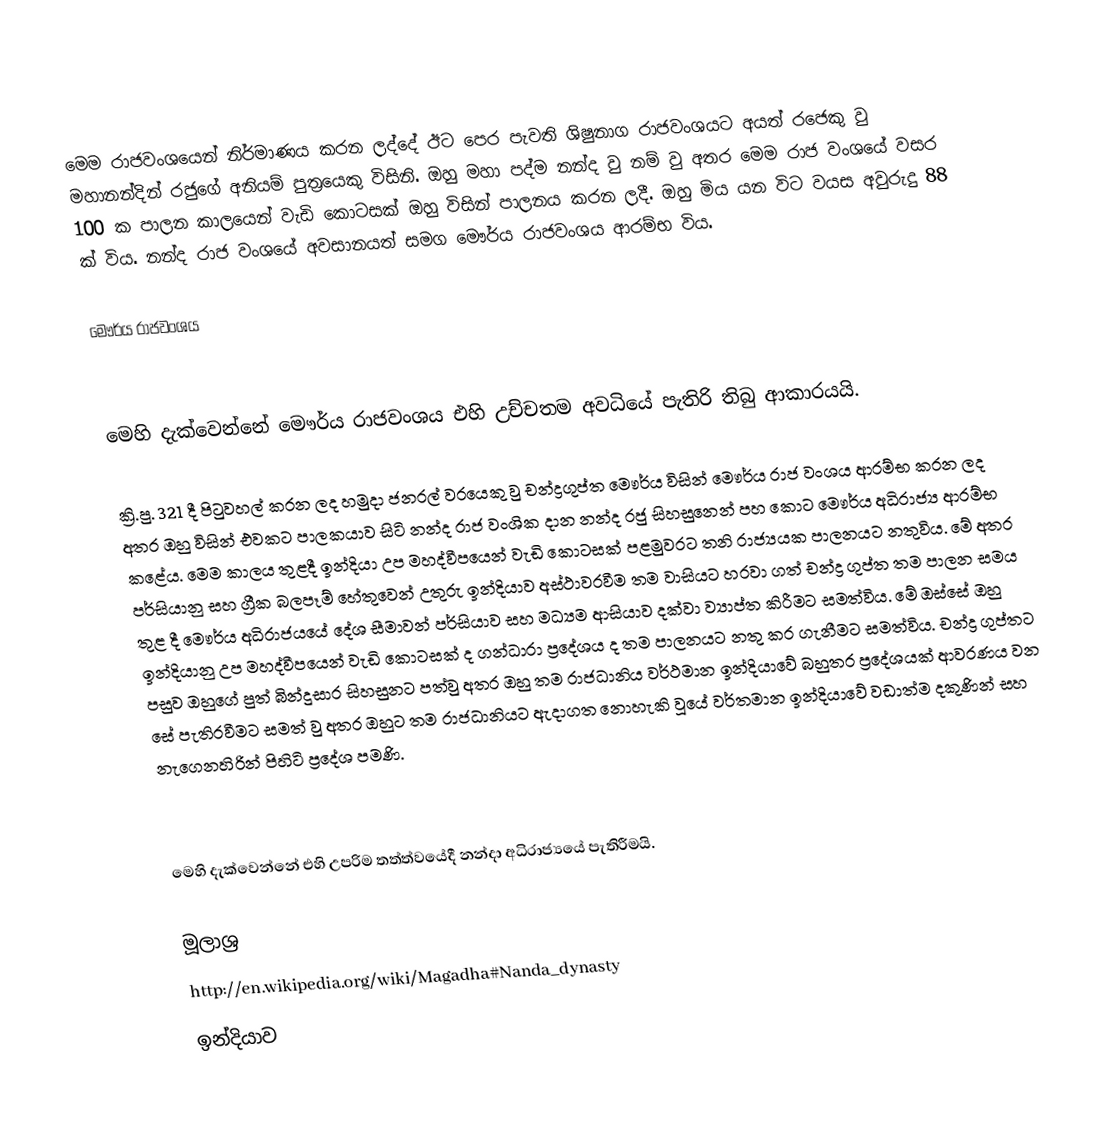
මෙම රාජවංශයෙන් නිර්මාණය කරන ලද්දේ ඊට පෙර පැවති ශිෂුනාග රාජවංශයට අයත් රජෙකු වු මහානන්දින් රජුගේ අනියම් පුත්‍රයෙකු විසිනි. ඔහු මහා පද්ම නන්ද වු නම් වු අතර මෙම රාජ වංශයේ වසර 100 ක පාලන කාලයෙන් වැඩි කොටසක් ඔහු විසින් පාලනය කරන ලදී. ඔහු මිය යන විට වයස අවුරුදු 88 ක් විය. නන්ද රාජ වංශයේ අවසානයත් සමග මෞර්ය රාජවංශය ආරම්භ විය.

මෞර්ය රාජවංශය

මෙහි දැක්වෙන්නේ මෞර්ය රාජවංශය එහි උච්චතම අවධියේ පැතිරි තිබු ආකාරයයි.

ක්‍රි.පු. 321 දී පිටුවහල් කරන ලද හමුදා ජනරල් වරයෙකු වු චන්ද්‍රගුප්ත මෞර්ය විසින් මෞර්ය රාජ වංශය ආරම්භ කරන ලද අතර ඔහු විසින් එවකට පාලකයාව සිටි නන්ද රාජ වංශික දාන නන්ද රජු සිහසුනෙන් පහ කොට මෞර්ය අධිරාජ්‍ය ආරම්භ කළේය. මෙම කාලය තුළදී ඉන්දියා උප මහද්වීපයෙන් වැඩි කොටසක් පළමුවරට තනි රාජ්‍යයක පාලනයට නතුවිය. මේ අතර පර්සියානු සහ ග්‍රීක බලපෑම් හේතුවෙන් උතුරු ඉන්දියාව අස්ථාවරවීම තම වාසියට හරවා ගත් චන්ද්‍ර ගුප්ත තම පාලන සමය තුළ දී මෞර්ය අධිරාජ‍්‍යයේ දේශ සීමාවන් පර්සියාව සහ මධ්‍යම ආසියාව දක්වා ව්‍යාප්ත කිරීමට සමත්විය. මේ ඔස්සේ ඔහු ඉන්දියානු උප මහද්වීපයෙන් වැඩි කොටසක් ද ගන්ධාරා ප්‍රදේශය ද තම පාලනයට නතු කර ගැනීමට සමත්විය. චන්ද්‍ර ගුප්තට පසුව ඔහුගේ පුත් බින්දුසාර සිහසුනට පත්වු අතර ඔහු තම රාජධානිය වර්ථමාන ඉන්දියාවේ බහුතර ප්‍රදේශයක් ආවරණය වන සේ පැතිරවීමට සමත් වු අතර ඔහුට තම රාජධානියට ඇදාගත නොහැකි වූයේ වර්තමාන ඉන්දියාවේ වඩාත්ම දකුණින් සහ නැගෙනහිරින් පිහිටි ප්‍රදේශ පමණි.

මෙහි දැක්වෙන්නේ එහි උපරිම තත්ත්වයේදී නන්දා අධිරාජ්‍යයේ පැතිරීමයි.

මූලාශ්‍ර
http://en.wikipedia.org/wiki/Magadha#Nanda_dynasty
ඉන්දියාව